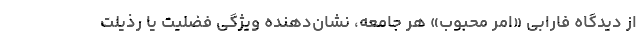
از دیدگاه فارابی «امر محبوب» هر جامعه، نشان‌دهنده ویژگی فضلیت یا رذیلت